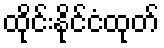
ထိုင်းနိုင်ငံထုတ်